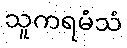
သူကရမံသံ